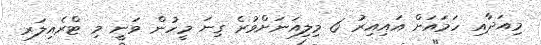
މިއަދާއި ހަމައަށް އައިއިރު 6 މިލިއަނަށްވުރެ ގިނަ މީހުން ވަނީ މި ޓްރެއިލަރ